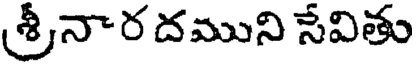
శ్రీనార దముని సేవితు